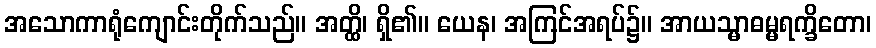
အသောကာရုံကျောင်းတိုက်သည်။ အတ္ထိ၊ ရှိ၏။ ယေန၊ အကြင်အရပ်၌။ အာယသ္မာဓမ္မရက္ခိတော၊